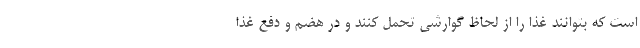
است که بتوانند غذا را از لحاظ گوارشی تحمل کنند و در هضم و دفع غذا